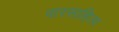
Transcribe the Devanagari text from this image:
वारसाहित्य